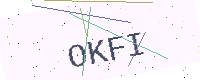
Text: OKFI